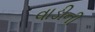
વાડીની